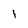
Character: I